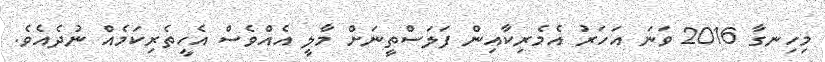
މިހިނގާ 2016 ވަނަ އަހަރު އެމެރިކާއިން ފަލަސްތީނަށް މާލީ އެއްވެސް އެހީތެރިކަމެއް ނުދެއެވެ.